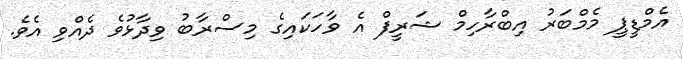
އެމްޑީޕީ މެމްބަރު އިބްރާހިމް ޝަރީފް އެ ވާހަކައިގެ މިސްރާބު ވިދާޅުވެ ދެއްވި އެވެ.